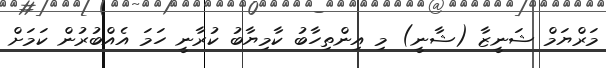
މަރްޔަމް ޝަނީޒާ (ޝާނީ) މި އިންތިހާބު ކާމިޔާބު ކުރާނީ ހަމަ އެއްބުރުން ކަމަށް